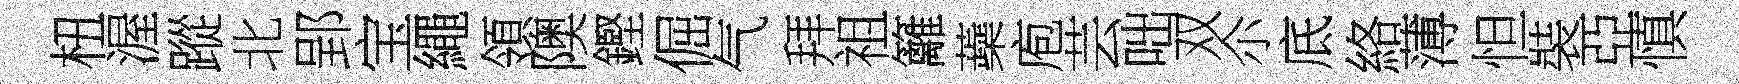
杻渥蹤北郢宝繩領隩鏗倔气拜祖籬蘃庖芸咄双尒底絡薄怛裝亞慎